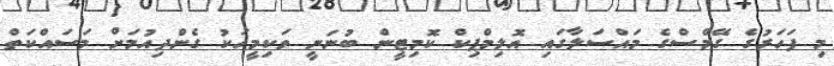
މި ފަހަރުގެ ގޭމްސްގެ މައްސަލާގައި އޮލިމްޕިކް ކޮމިޓީން ބުނަނީ ވަކިމީހަކު ގެންދިއުމަށް މަސައްކަތް